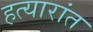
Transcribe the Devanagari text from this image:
हत्यारांत